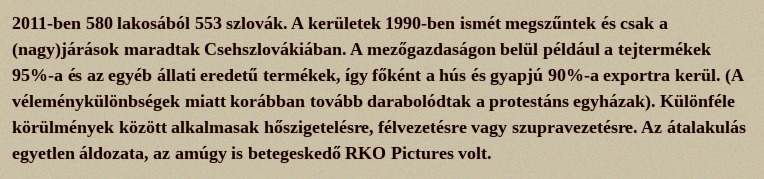
2011-ben 580 lakosából 553 szlovák. A kerületek 1990-ben ismét megszűntek és csak a (nagy)járások maradtak Csehszlovákiában. A mezőgazdaságon belül például a tejtermékek 95%-a és az egyéb állati eredetű termékek, így főként a hús és gyapjú 90%-a exportra kerül. (A véleménykülönbségek miatt korábban tovább darabolódtak a protestáns egyházak). Különféle körülmények között alkalmasak hőszigetelésre, félvezetésre vagy szupravezetésre. Az átalakulás egyetlen áldozata, az amúgy is betegeskedő RKO Pictures volt.